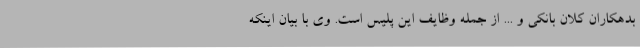
بدهکاران کلان بانکی و ... از جمله وظایف این پلیس است. وی با بیان اینکه